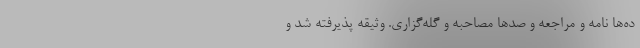
ده‌ها نامه و مراجعه و صد‌ها مصاحبه و گله‌گزاری. وثیقه پذیرفته شد و